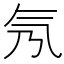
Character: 氖